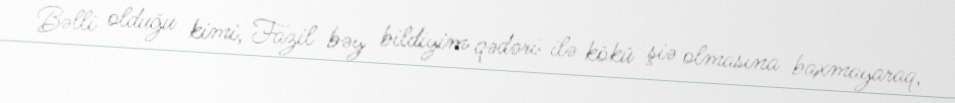
Bəlli olduğu kimi, Fazil bəy bildiyim qədəri ilə kökü şiə olmasına baxmayaraq,